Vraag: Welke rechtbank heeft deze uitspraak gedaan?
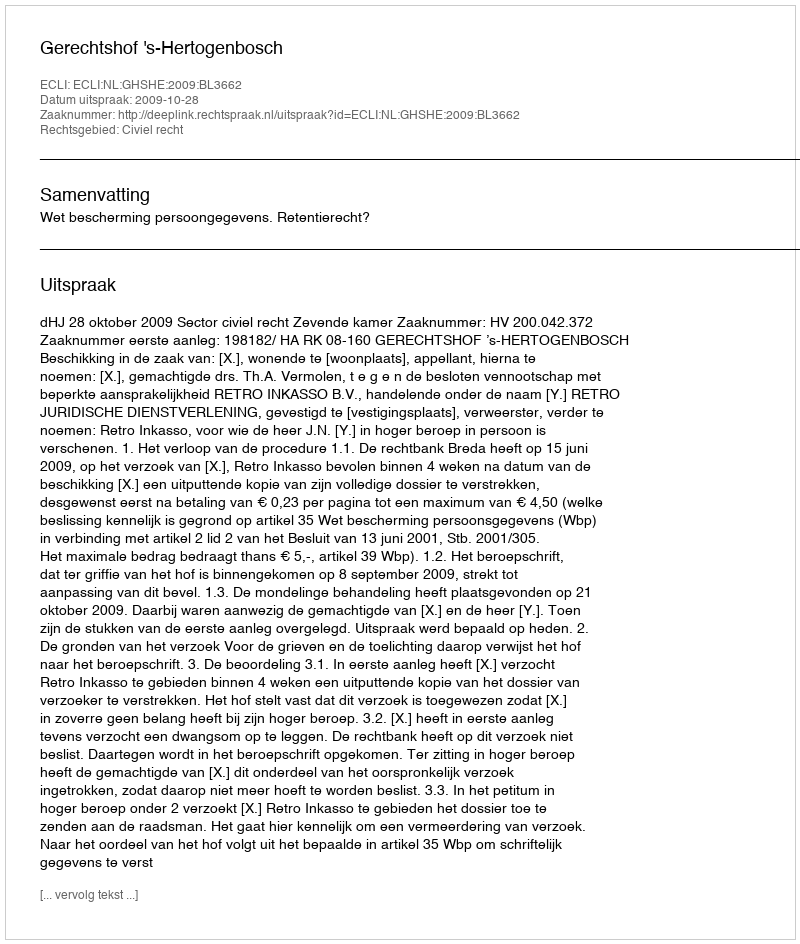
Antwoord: Gerechtshof 's-Hertogenbosch